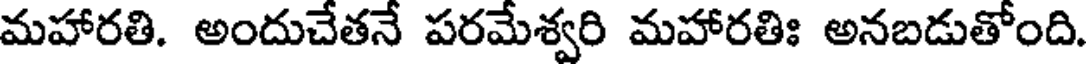
మహారతి. అందుచేతనే పరమేశ్వరి మహారతిః అనబడుతోంది.